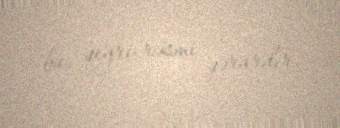
bu, qeyri-rəsmi qərardır.